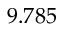
9 . 7 8 5